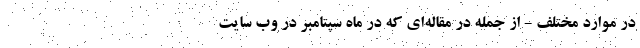
در موارد مختلف - از جمله در مقاله‌ای که در ماه سپتامبر در وب سایت